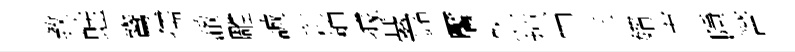
教蛙鷟孺澈雕誠彩柙據䑓銘饜然掠申三婿市隱筈